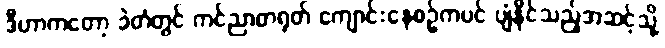
ဒီဟာကတော့ ခဲတံတွင် ကင်ညာတရုတ် ကျောင်းနေစဉ်ကပင် ပျံနိုင်သည့်အဆင့်သို့